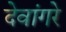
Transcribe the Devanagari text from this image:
देवांगरे